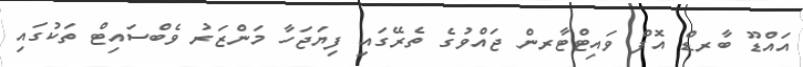
އައްޑޫ ބާރޑް އޮފް ވައިޓްޓާރން ޖައްވުގެ ތެރޭގައި ފިޔަޖަހާ މަންޒަރު ވެބްސައިޓް ތަކުގައި